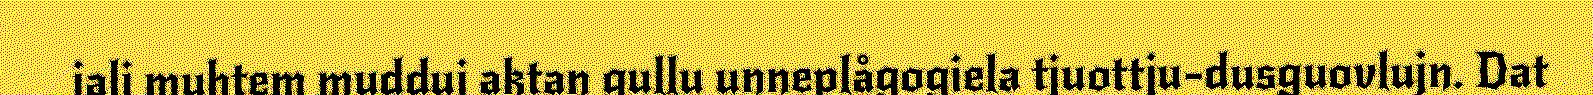
jali muhtem mudduj aktan gullu unneplågogiela tjuottju-dusguovlujn. Dat